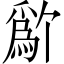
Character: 𬋱